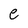
Character: e